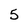
Character: 5